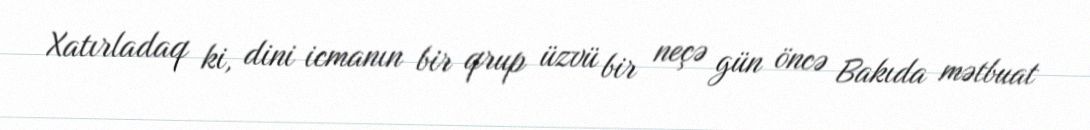
Xatırladaq ki, dini icmanın bir qrup üzvü bir neçə gün öncə Bakıda mətbuat